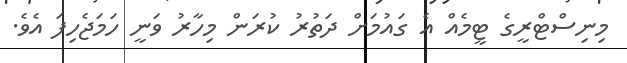
މިނިސްޓްރީގެ ޓީމެއް އެ ގައުމަށް ދަތުރު ކުރަން މިހާރު ވަނީ ހަމަޖެހިފަ އެވެ.